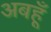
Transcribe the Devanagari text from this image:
अबहूँ